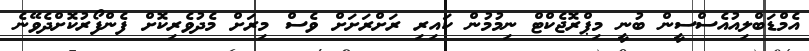
އެމްޑަބްލިއުއެސްސީން ބުނީ މިޕްރޮޖެކްޓް ނިމުމުން ކައިރި ރަށްރަށަށް ވެސް މިރަށް މެދުވެރިކޮށް ފެންފޯރުކޮށްދެވޭނެ